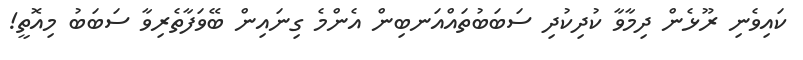
ކައިވެނި ރޫޅެން ދިމާވާ ކުދިކުދި ސަބަބުތައްއަނބިން އެންމެ ގިނައިން ބޭވަފާތެރިވާ ސަބަބު މިއޮތީ!